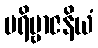
ပရိဗ္ဗာဇနိယံ